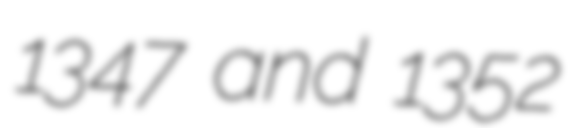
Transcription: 1347 and 1352